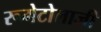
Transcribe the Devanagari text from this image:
रूमेटोलाजी